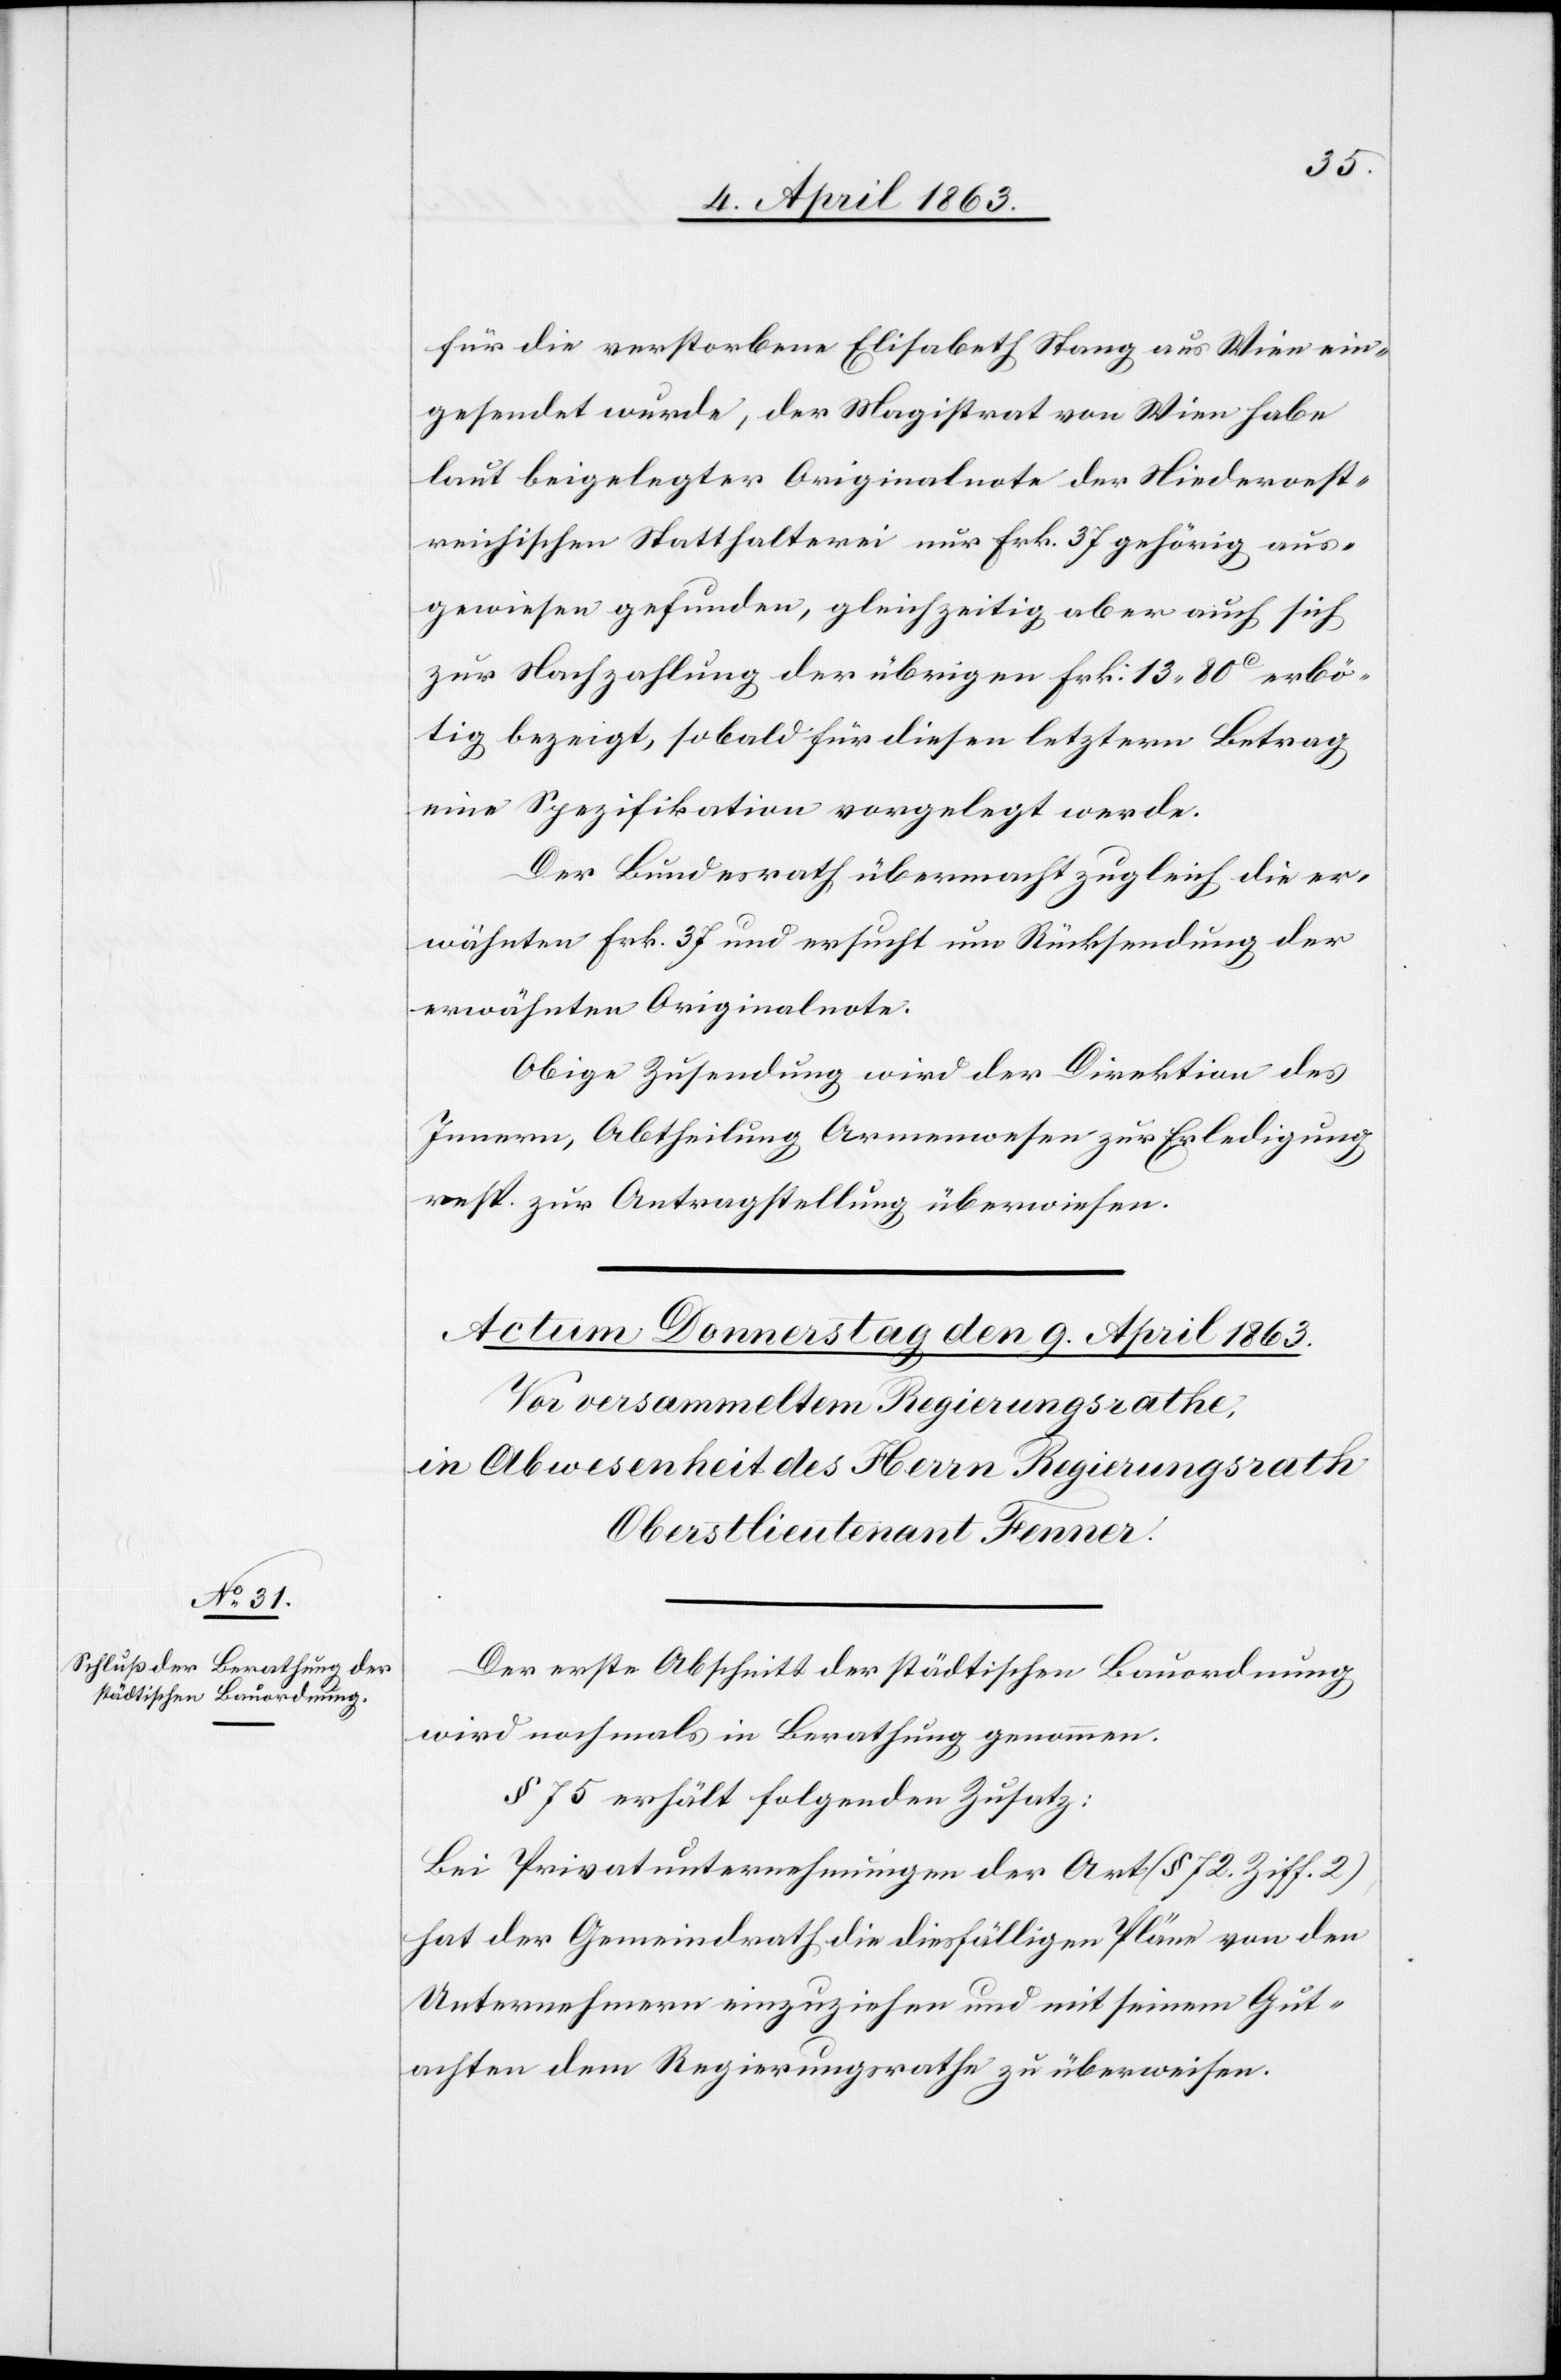
für die verstorbene Elisabeth Stang aus Wien ein¬
gesendet wurde, der Magistrat von Wien habe
laut beigelegter Originalnote der Niederoest¬
reichischen Statthalterei nur Frk. 37 gehörig aus¬
gewiesen gefunden, gleichzeitig aber auch sich
zur Nachzahlung der übrigen Frk: 13. 80c erbö¬
tig bezeigt, sobald für diesen letztern Betrag
eine Spezifikation vorgelegt werde.
Der Bundesrath übermacht zugleich die er¬
wähnten Frk. 37 und ersucht um Rücksendung der
erwähnten Originalnote.
Obige Zusendung wird der Direktion des
Innern, Abtheilung Armenwesen zur Erledigung
resp. zur Antragstellung überwiesen.
Der erste Abschnitt der städtischen Bauordnung
wird nochmals in Berathung genommen.
§ 75 erhält folgenden Zusatz:
Bei Privatunternehmungen der Art (§ 72. Ziff. 2)
hat der Gemeindrath die diesfälligen Pläne von den
Unternehmern einzuziehen und mit seinem Gut¬
achten dem Regierungsrathe zu überweisen.